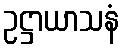
ဥဋ္ဌာယာသနံ